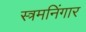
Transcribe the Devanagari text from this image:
स्त्रमनिंगार